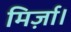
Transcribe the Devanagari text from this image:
मिर्ज़ा।